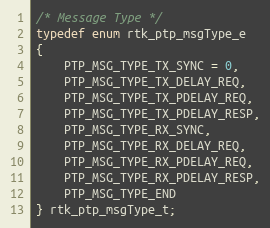
Language: C
/* Message Type */
typedef enum rtk_ptp_msgType_e
{
    PTP_MSG_TYPE_TX_SYNC = 0,
    PTP_MSG_TYPE_TX_DELAY_REQ,
    PTP_MSG_TYPE_TX_PDELAY_REQ,
    PTP_MSG_TYPE_TX_PDELAY_RESP,
    PTP_MSG_TYPE_RX_SYNC,
    PTP_MSG_TYPE_RX_DELAY_REQ,
    PTP_MSG_TYPE_RX_PDELAY_REQ,
    PTP_MSG_TYPE_RX_PDELAY_RESP,
    PTP_MSG_TYPE_END
} rtk_ptp_msgType_t;